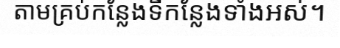
តាមគ្រប់កន្លែងទីកន្លែងទាំងអស់។